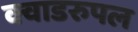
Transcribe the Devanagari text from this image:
क्वाडरुपल